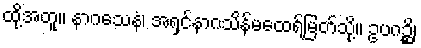
ထို့အတူ။ နာဂသေနံ၊ အရှင်နာဂသိန်မထေရ်မြတ်သို့။ ဥပဂဉ္ဆိ၊